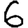
Digit: 6